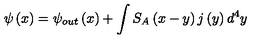
\psi \left( x \right) = \psi _ { o u t } \left( x \right) + \int S _ { A } \left( x - y \right) j \left( y \right) d ^ { 4 } y